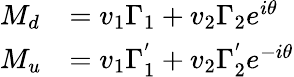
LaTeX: \begin{array}{ll}{{M_{d}}}&{{=v_{1}\Gamma_{1}+v_{2}\Gamma_{2}e^{i\theta}}}\\ {{M_{u}}}&{{=v_{1}\Gamma_{1}^{'}+v_{2}\Gamma_{2}^{'}e^{-i\theta}}}\end{array}